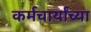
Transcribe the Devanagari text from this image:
कर्मचार्यांच्या